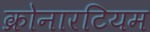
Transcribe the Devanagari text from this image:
क्रोनारटियम